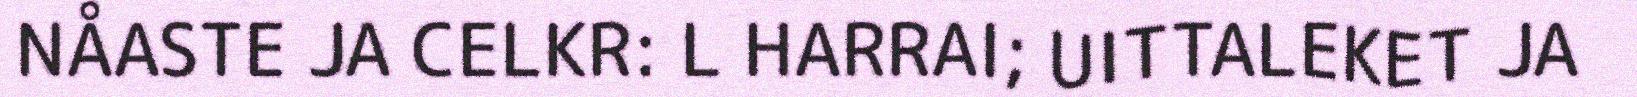
NÅASTE JA CELKR: L HARRAI; UITTALEKET JA